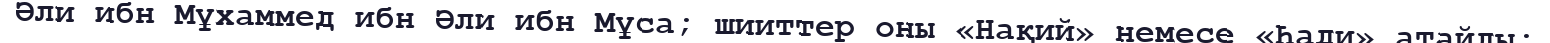
Әли ибн Мұхаммед ибн Әли ибн Мұса; шииттер оны «Нақий» немесе «Һади» атайды;